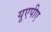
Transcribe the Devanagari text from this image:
यूएपीए